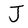
Character: J